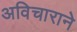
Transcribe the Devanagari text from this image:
अविचाराने